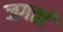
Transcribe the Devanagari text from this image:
जगतां